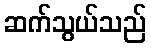
ဆက်သွယ်သည်